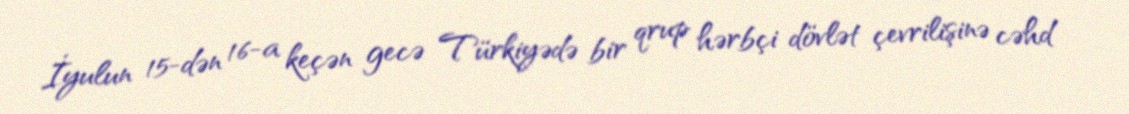
İyulun 15-dən 16-a keçən gecə Türkiyədə bir qrup hərbçi dövlət çevrilişinə cəhd